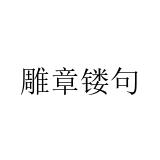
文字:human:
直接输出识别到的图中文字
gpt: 雕章镂句